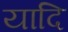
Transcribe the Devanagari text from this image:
यादि